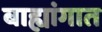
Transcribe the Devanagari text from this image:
बाह्यांगात